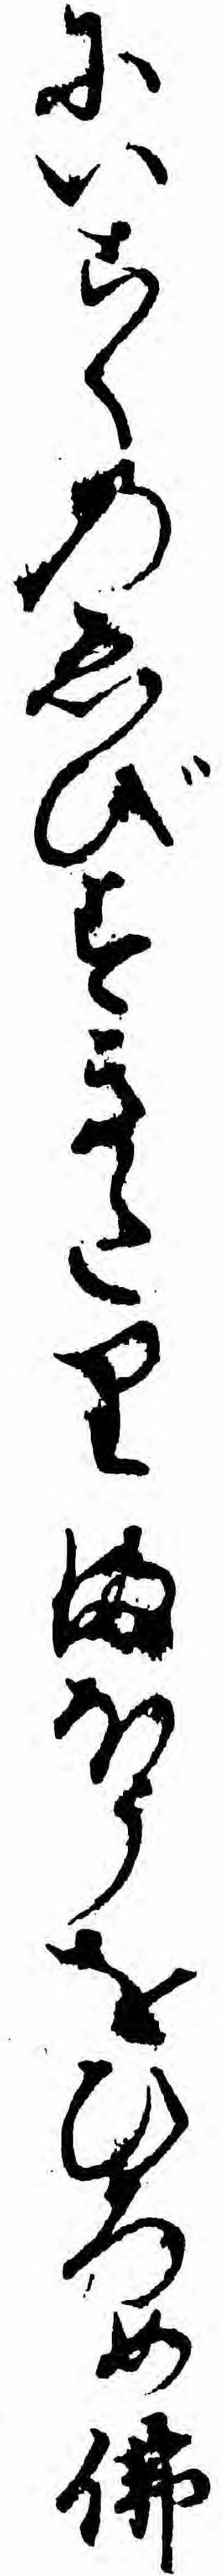
にいこくのゑびすきたりまほうをひろめ仏